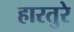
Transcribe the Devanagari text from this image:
हारतुरे